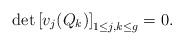
LaTeX: \begin{align*}{\rm det} \left [ v_j(Q_k)\right ]_{1\leq j,k\leq g}=0.\end{align*}